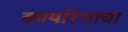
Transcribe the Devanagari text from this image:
कार्यारंभाचा